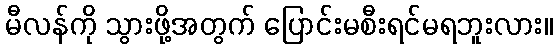
မီလန်ကို သွားဖို့အတွက် ပြောင်းမစီးရင်မရဘူးလား။